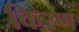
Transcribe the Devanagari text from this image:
किरण